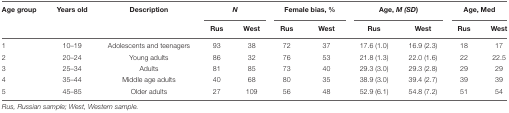
| Age group | Years old | Description | <COLSPAN=2> N | <COLSPAN=2> Female bias, % | <COLSPAN=2> Age, M (SD) | <COLSPAN=2> Age, Med |
 |  |  |  | Rus | West | Rus | West | Rus | West | Rus | West |
 | --- | --- | --- | --- | --- | --- | --- | --- | --- | --- | --- |
 | 1 | 10–19 | Adolescents and teenagers | 93 | 38 | 72 | 37 | 17.6 (1.0) | 16.9 (2.3) | 18 | 17 |
 | 2 | 20–24 | Young adults | 86 | 32 | 76 | 53 | 21.8 (1.3) | 22.0 (1.6) | 22 | 22.5 |
 | 3 | 25–34 | Adults | 81 | 85 | 73 | 40 | 29.3 (3.0) | 29.3 (2.8) | 29 | 29 |
 | 4 | 35–44 | Middle age adults | 40 | 68 | 80 | 35 | 38.9 (3.0) | 39.4 (2.7) | 39 | 39 |
 | 5 | 45–85 | Older adults | 27 | 109 | 56 | 48 | 52.9 (6.1) | 54.8 (7.2) | 51 | 54 |